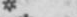
*